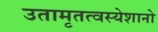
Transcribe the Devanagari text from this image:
उतामृतत्वस्येशानो